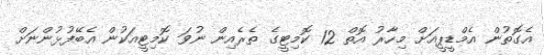
އެގޮތުން އެމްޑީޕީއަށް މިހާރު އޮތް 12 ކޮމިޓީގެ ތެރެއިން ނުވަ ކޮމިޓީއަކުން އެބޭފުޅުންނަށް